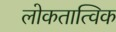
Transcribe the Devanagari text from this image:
लोकतात्विक